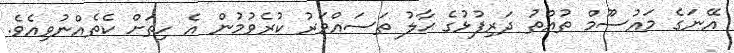
އޭނަގެ މައުސޫމް ތުއްތު ދަރިފުޅުގެ ޙާލު ތަސައްވަރު ކުރެވުމުން އެ ހިތަށް ކެތެއްނުވިއެވެ.